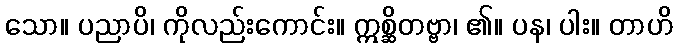
သော။ ပညာပိ၊ ကိုလည်းကောင်း။ ဣစ္ဆိတဗ္ဗာ၊ ၏။ ပန၊ ပါး။ တာဟိ